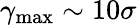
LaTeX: \gamma_{\mathrm{max}}\sim 10\sigma